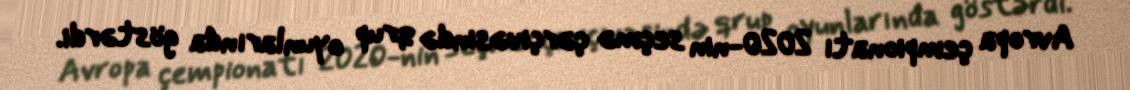
Avropa çempionatı 2020-nin seçmə çərçivəsində qrup oyunlarında göstərdi.